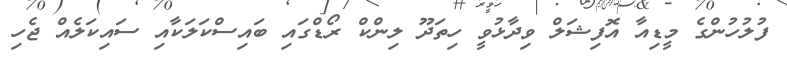
ފުލުހުންގެ މީޑިއާ އޮފިޝަލް ވިދާޅުވީ ހިތަދޫ ލިންކް ރޯޑްގައި ބައިސްކަލަކާއި ސައިކަލެއް ޖެހި